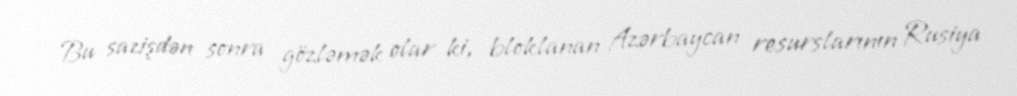
Bu sazişdən sonra gözləmək olar ki, bloklanan Azərbaycan resurslarının Rusiya